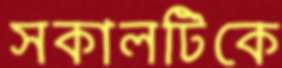
সকালটিকে